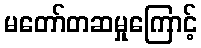
မတော်တဆမှုကြောင့်